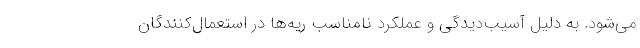
می‌شود. به دلیل آسیب‌دیدگی و عملکرد نامناسب ریه‌ها در استعمال‌کنندگان